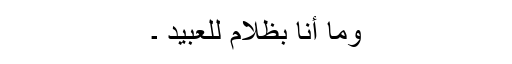
وَمَا أَنَا بِظَلَّامٍ لِّلْعَبِيدِ ۔